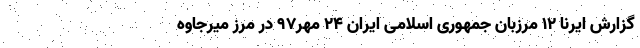
گزارش ایرنا ۱۲ مرزبان جمهوری اسلامی ایران ۲۴ مهر۹۷ در مرز میرجاوه